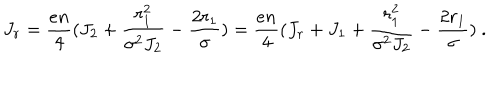
J _ { r } = { \frac { e n } { 4 } } ( J _ { 2 } + { \frac { r _ { 1 } ^ { 2 } } { \sigma ^ { 2 } J _ { 2 } } } - { \frac { 2 r _ { 1 } } { \sigma } } ) = { \frac { e n } { 4 } } ( J _ { r } + J _ { 1 } + { \frac { r _ { 1 } ^ { 2 } } { \sigma ^ { 2 } J _ { 2 } } } - { \frac { 2 r _ { 1 } } { \sigma } } ) ~ .